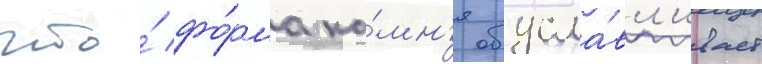
что́ фо́рма ка́мн'я обусла́вл'ивает